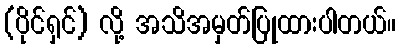
(ပိုင်ရှင်) လို့ အသိအမှတ်ပြုထားပါတယ်။